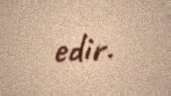
edir.